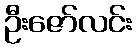
ဦးဇော်လင်း